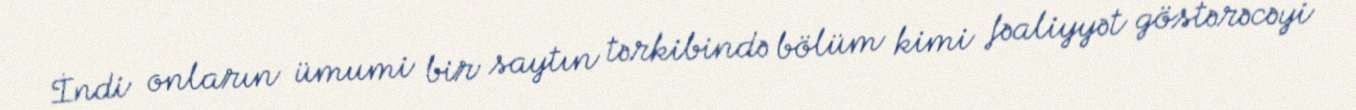
İndi onların ümumi bir saytın tərkibində bölüm kimi fəaliyyət göstərəcəyi